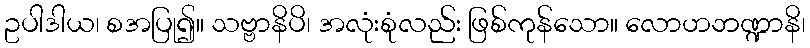
ဥပါဒါယ၊ စအပြု၍။ သဗ္ဗာနိပိ၊ အလုံးစုံလည်း ဖြစ်ကုန်သော။ လောဟဘဏ္ဍာနိ၊